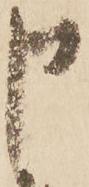
申